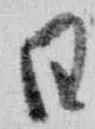
日